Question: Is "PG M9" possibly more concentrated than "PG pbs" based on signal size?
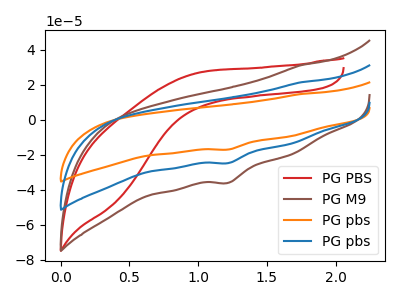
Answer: <think>The red curve "PG PBS" has no peaks. The brown curve "PG M9" has a cathodic peak at: (1.20V, -36.00uA). The orange curve "PG pbs" has a cathodic peak at: (1.20V, -49.45uA). The blue curve "PG pbs" has a cathodic peak at: (1.20V, -24.75uA).
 All the peaks in "PG M9" have a peak in "PG pbs" at the same potential. Every peak in "PG M9" is higher than every peak in "PG pbs".</think>
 <answer>"PG M9" has more signal than "PG pbs".</answer>
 <eval>more_signal</eval>